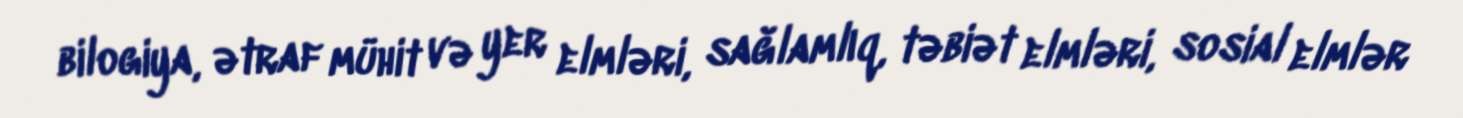
bilogiya, ətraf mühit və yer elmləri, sağlamlıq, təbiət elmləri, sosial elmlər